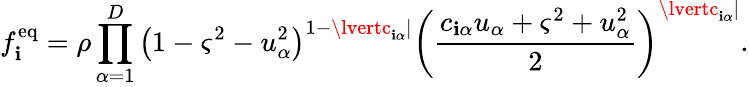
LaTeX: f_{\mathbf{i}}^{\mathrm{{eq}}}=\rho\prod_{\alpha=1}^{D}{\left(1-\varsigma^{2}-u_{\alpha}^{2}\right)}^{1-\lvertc_{\mathbf{i}\alpha}\lvert}{\left(\frac{{c_{\mathbf{i}\alpha}u_{\alpha}+\varsigma^{2}+u_{\alpha}^{2}}}{{2}}\right)}^{\lvertc_{\mathbf{i}\alpha}\lvert}.